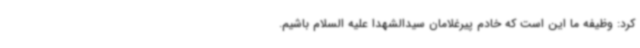
کرد: وظیفه ما این است که خادم پیرغلامان سیدالشهدا علیه السلام باشیم.